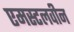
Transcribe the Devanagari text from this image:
एमस्टलवीन